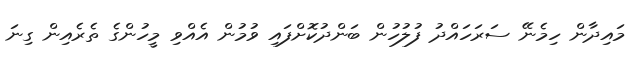
މައިދާން ހިމެނޭ ސަރަަހައްދު ފުލުހުން ބަންދުކޮށްފައި ވުމުން އެއްވި މީހުންގެ ތެރެއިން ގިނަ